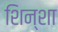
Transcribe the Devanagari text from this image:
शिन्शा